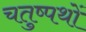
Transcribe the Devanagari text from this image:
चतुष्पथों